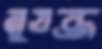
নুযব্জ